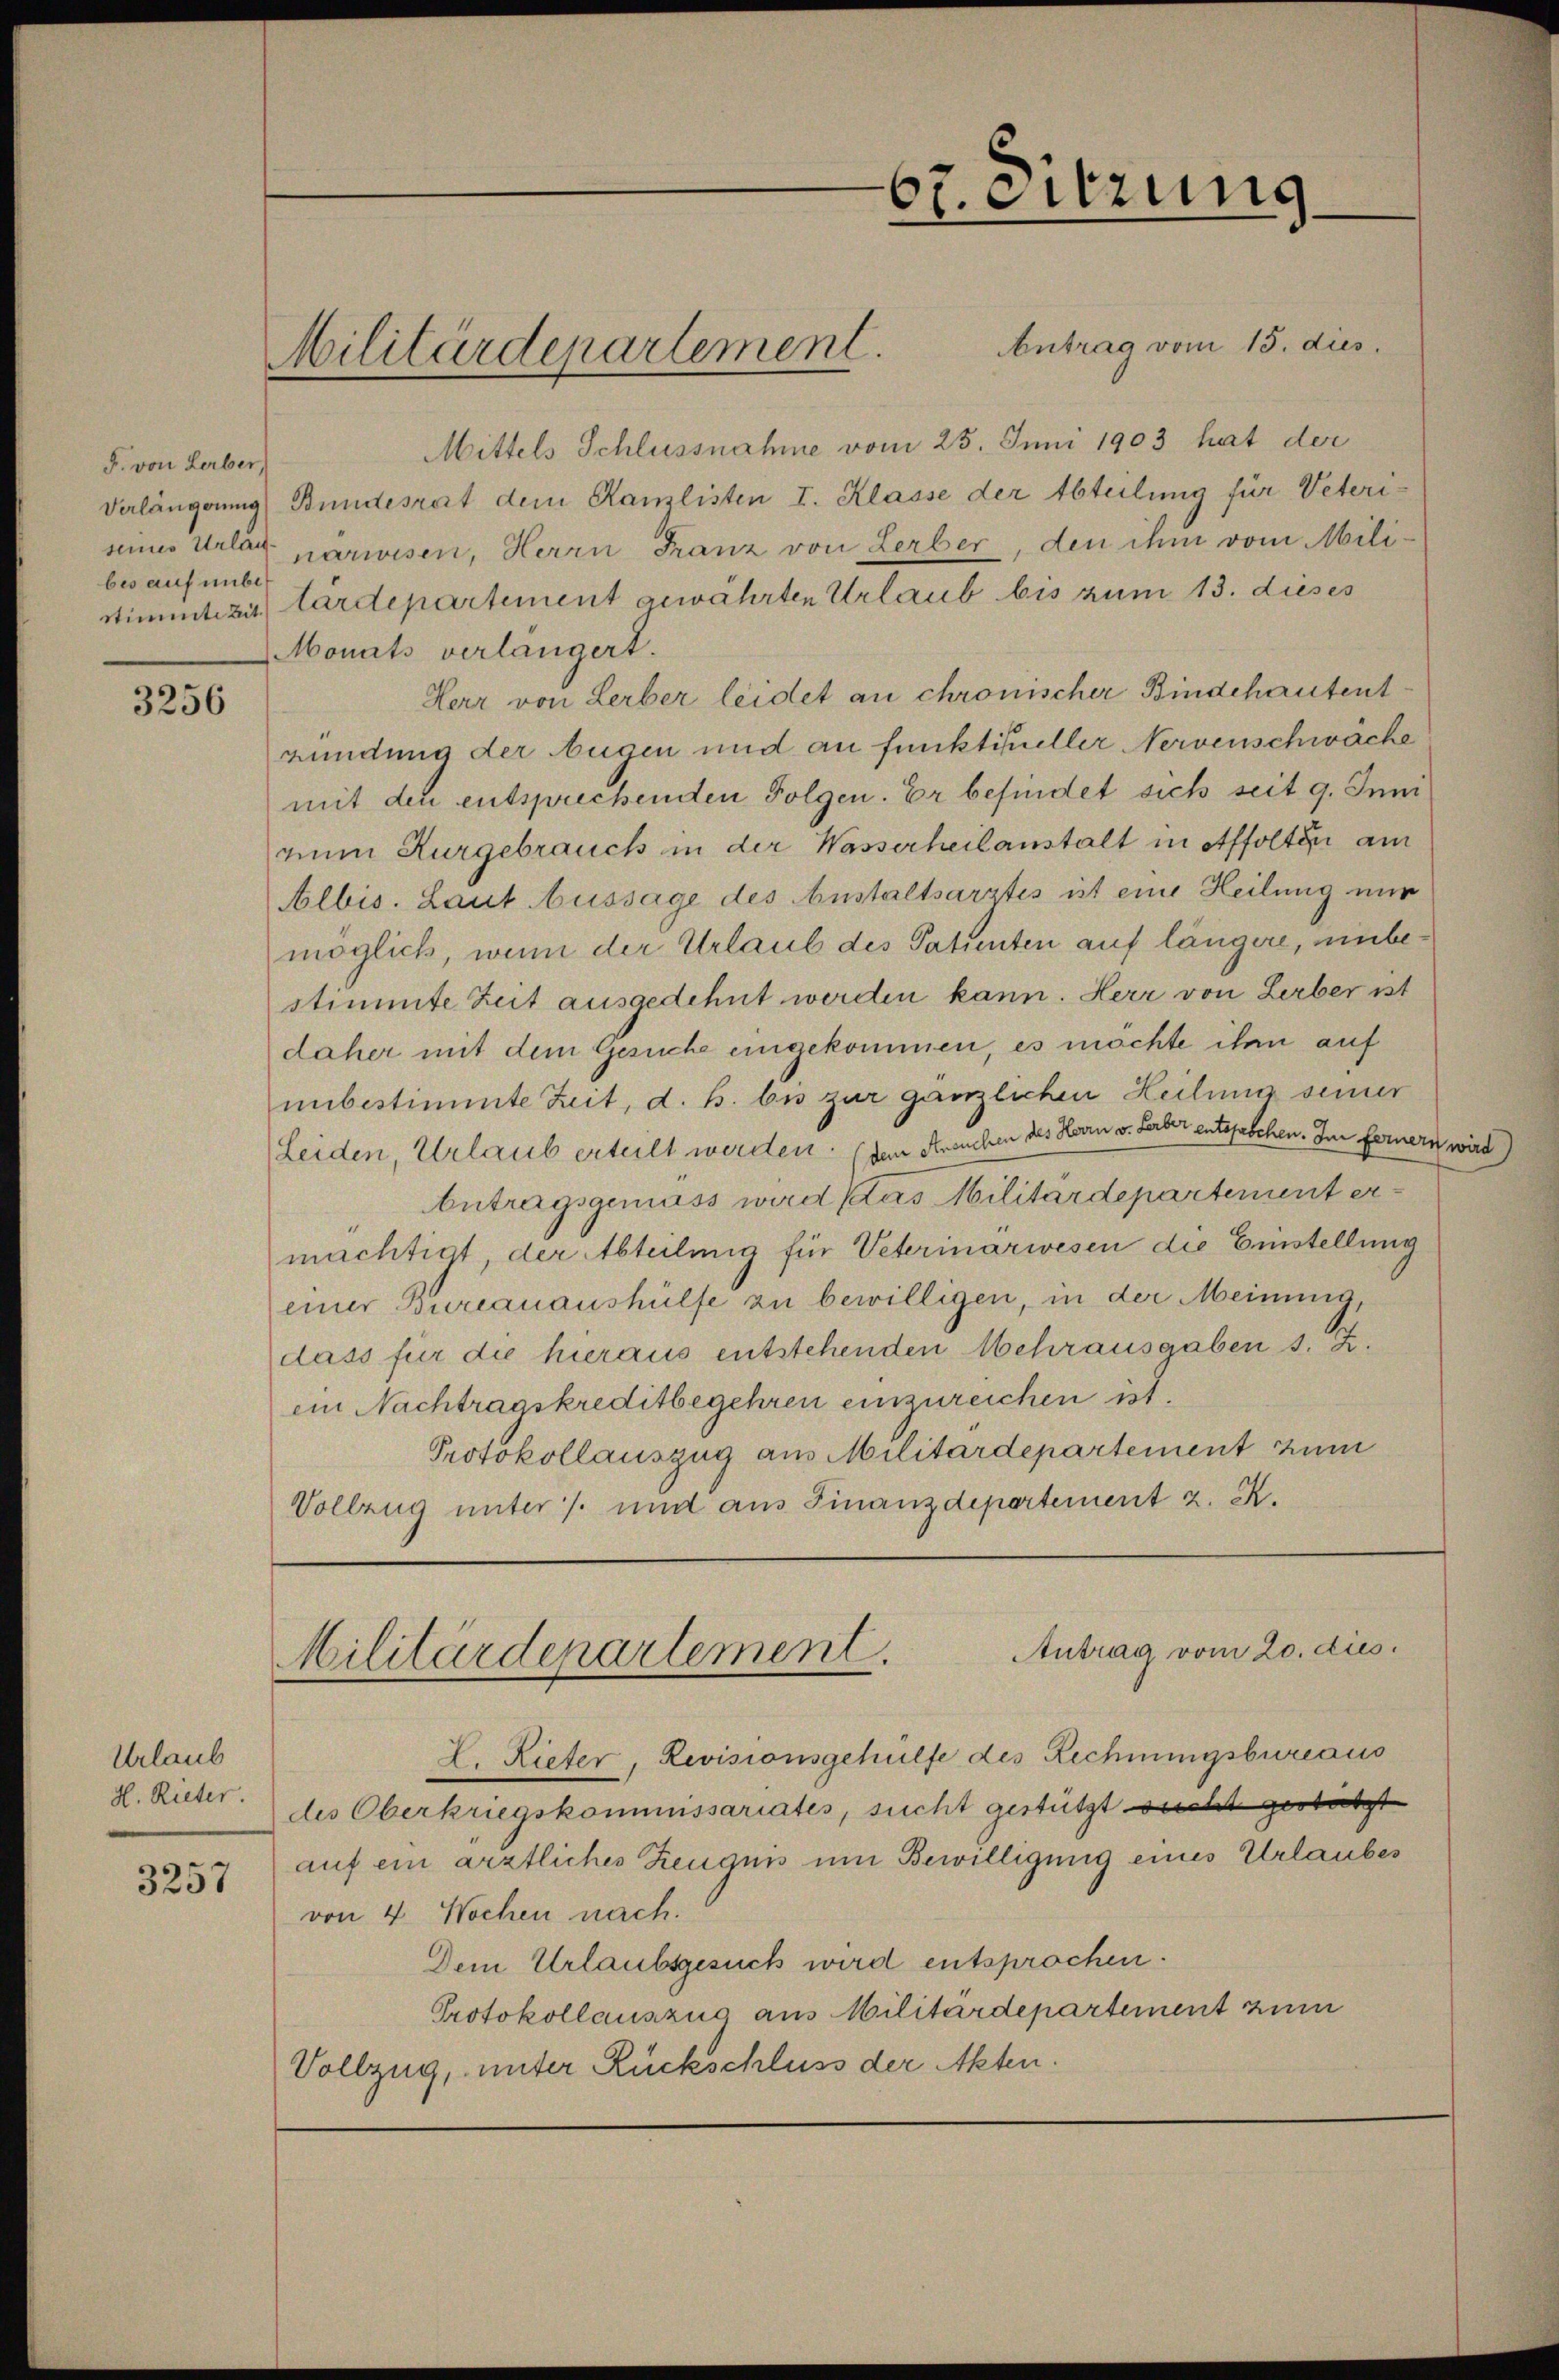
F. von Lerber,
bes auf unber

3256

Urlaub
H. Rieter.

3257

Antrag vom 15. dies
Mittels Schlussnahme vom 25. Juni 1903 hat der
Verlängerung Bundesrat dem Kanzlisten I. Klasse der Abteilung für Veteriseines Urlar parwisen, Herrn Franz von Lerber, den ihm vom Milistimmtizit tardepartement gewährten Urlaub bis zum 13. dieses
Monats verlangert.
Herr von Lerber leidet an chronischer Bindehautentründung der Augen und an funktitueller Nervenschwäche
mit den entsprechenden Folgen. Er befindet sich seit 9. Juni
rum Kurgebrauch in der Wasserheilanstalt in Affolten am
Albis. Laut Aussage des Anstaltsarztes ist eine Heilung nur
möglich, wenn der Urlaub des Patienten auf längere, unbestimmte Zeit ausgedehnt werden kann. Herr von Lerber ist
daher mit dem Gesuche eingekommen, es möchte ihm auf
ubestimmte Zeit, d. h. bis zur gänzlichen Heilung seiner
Leiden, Urlaub erteilt werden. (dem Ansuchen des Herrn v. Herber entsfaschen. Im fernern wird
Antragsgemäss wird das Militärdepartement ermächtigt, der Abteilmig für Veterinarwesen die Einstellung
einer Burcanaushülfe zu bewilligen, in der Meinung,
dass für die hieraus entstehenden Mehrausgaben s. Z.
iin Nachtragskreditbegehren einzureichen ist.
Protokollauszug aus Militärdepartement zum
Vollzug unter /. und aus Finanzdepartement z. R.

Militärdepartement.

Antrag vom 20. dies
Militärdepartement.

67. eitzung

L. Kiefer, Revisionsgehülfe des Rechnungsbureaus
des Oberkriegskommissariates, sucht gestützt sicht gestützt
auf ein ärztliches Zeugnis um Bewilligung eines Urlaubes
von 4 Wochen nach.
Dem Urlaubsgesuch wird entsprochen.
Protokollauszug aus Militärdepartement zum
Vollzug, unter Rückschluss der Akten.